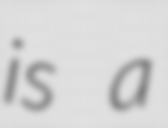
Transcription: is a